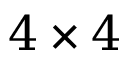
4 \times 4